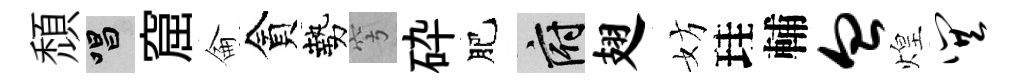
頹唱窟侖貪勢穹砕肥府翅妨珪輔血煌巽